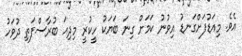
އެވެ. މިއަޑުފަށްގަނޑު އިވުނު ކަމަށް ގިނަ ބަޔަކު ހީކުރީ މިދިއަ ބުރާސްފަތި ދުވަހު